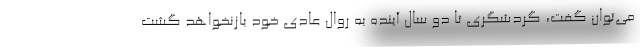
می‌توان گفت، گردشگری تا دو سال آینده به روال عادی خود بازنخواهد گشت